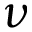
\nu